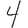
Digit: 4